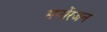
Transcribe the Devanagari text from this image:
मनोंरजन